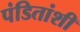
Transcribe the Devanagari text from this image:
पंडितांशी